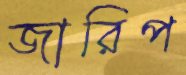
জারিপ